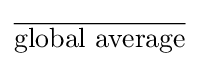
{\overline {\text{global average}}}